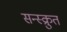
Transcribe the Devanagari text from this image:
सन्स्क्रुत